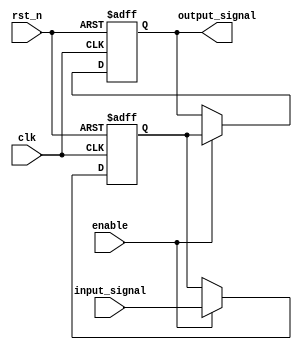
module latch_delay (
    input wire clk,
    input wire rst_n,
    input wire enable,
    input wire input_signal,
    output reg output_signal
);

reg delayed_signal;

always @(posedge clk or negedge rst_n) begin
    if (~rst_n) begin
        delayed_signal <= 1'b0;
        output_signal <= 1'b0;
    end else begin
        if (enable) begin
            delayed_signal <= input_signal;
            output_signal <= delayed_signal;
        end
    end
end

endmodule